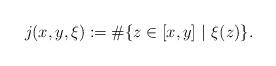
LaTeX: \begin{align*}j(x,y,\xi):=\#\{ z\in [x,y] \ | \ \xi(z) \}.\end{align*}